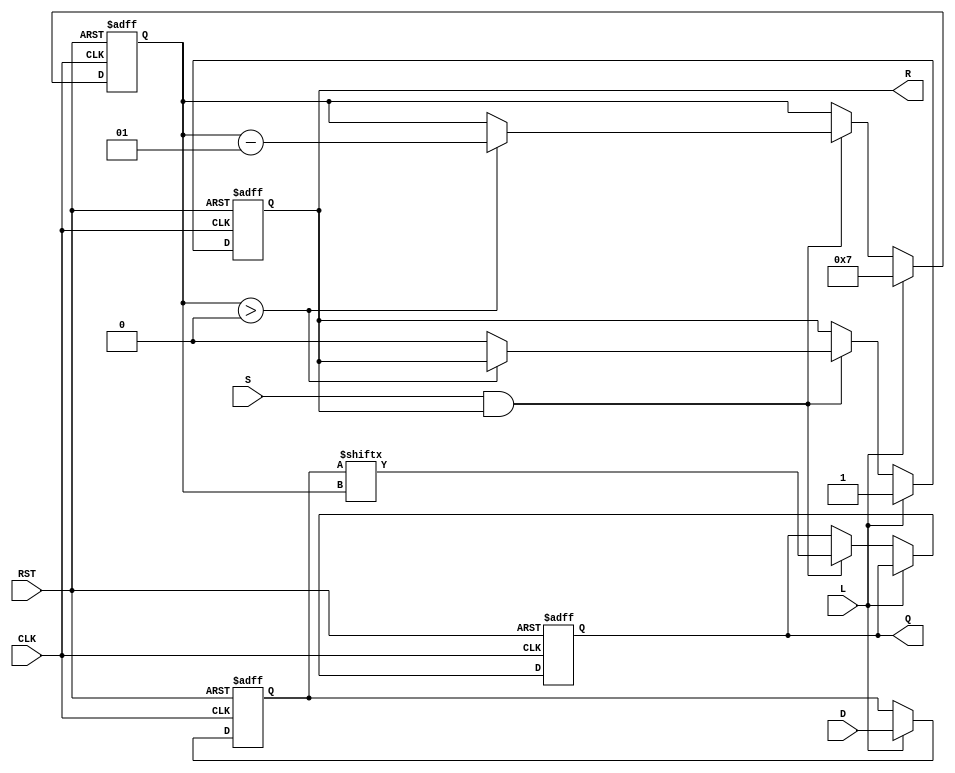
module PISO_Register #(
    parameter WIDTH = 8  // Parameter to set the width of the register
)(
    input  wire [WIDTH-1:0] D,   // Parallel data input
    input  wire L,                // Load control signal
    input  wire S,                // Shift control signal
    input  wire CLK,              // Clock signal
    input  wire RST,              // Asynchronous reset signal
    output reg  Q,                // Serial output
    output reg  R                 // Ready signal
);

    reg [WIDTH-1:0] R_reg;  // Internal register to hold the loaded data
    integer i;              // Counter for shifting

    always @(posedge CLK or posedge RST) begin
        if (RST) begin
            R_reg <= {WIDTH{1'b0}}; // Clear the register on reset
            Q <= 1'b0;              // Clear serial output
            R <= 1'b0;              // Clear ready signal
            i <= 0;                 // Reset counter
        end else if (L) begin
            R_reg <= D;             // Load data into the register
            R <= 1'b1;              // Set ready signal
            i <= WIDTH - 1;         // Initialize counter to MSB index
        end else if (S && R) begin
            Q <= R_reg[i];          // Shift out the current bit
            if (i > 0) begin
                i <= i - 1;         // Decrement counter
            end else begin
                R <= 1'b0;           // Clear ready signal after shifting all bits
            end
        end
    end

endmodule